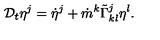
{ \cal D } _ { t } \eta ^ { j } = \dot { \eta } ^ { j } + \dot { m } ^ { k } \tilde { \Gamma } _ { k l } ^ { j } \eta ^ { l } .